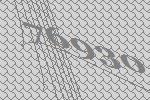
76930